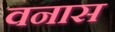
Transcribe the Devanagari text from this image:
वनास